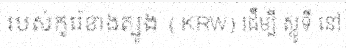
របស់កូរ៉េខាងត្បូង (KRW) ដើម្បី ស្លូទី នៅ